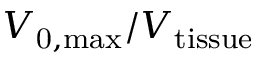
V _ { \mathrm { 0 , m a x } } / V _ { \mathrm { t i s s u e } }